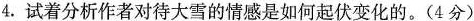
4.试着分析作者对待大雪的情感是如何起伏变化的。(4分)